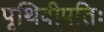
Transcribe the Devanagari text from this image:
पृथिवीपतिः